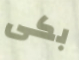
بكى